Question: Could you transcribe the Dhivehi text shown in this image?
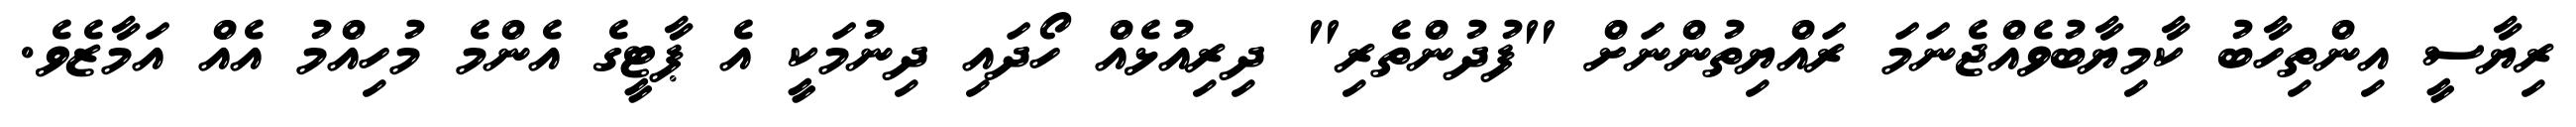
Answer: ރިޔާސީ އިންތިހާބު ކާމިޔާބުވެއްޖެނަމަ ރައްޔިތުންނަށް "ފުދުންތެރި" ދިރިއުޅެއް ހޯދައި ދިނުމަކީ އެ ޕާޓީގެ އެންމެ މުހިއްމު އެއް އަމާޒެވެ.